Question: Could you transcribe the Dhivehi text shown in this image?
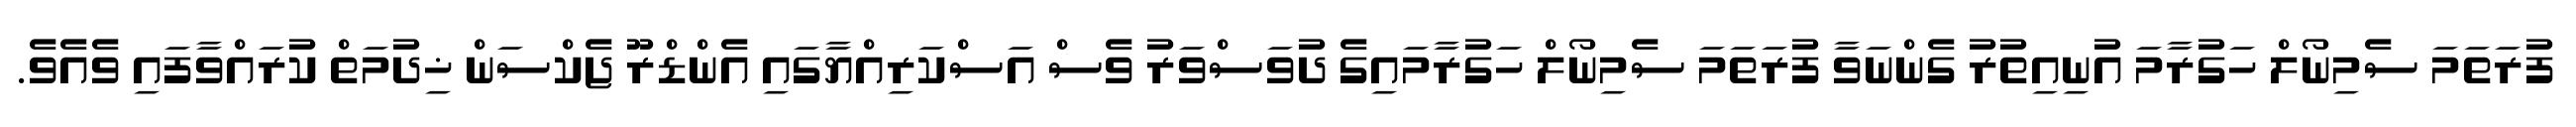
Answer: ފުރަތަމަ ސެމިނޯލް ހަގުރާމަ އުނިއިތުރު ގެންނަވާ ފުރަތަމަ ސެމިނޯލް ހަގުރާމައިގެ ދުވަސްވަރު ވެސް އަސްކަރިއްޔާގައި އެންޑްރޫ ޖެކްސަން ޚިދުމަތް ކުރައްވާފައި ވެއެވެ.